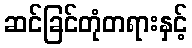
ဆင်ခြင်တုံတရားနှင့်